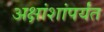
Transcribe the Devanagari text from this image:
अक्षांशांपर्यंत